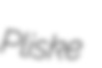
Pliske